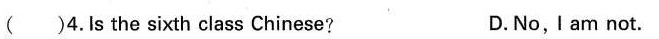
（）4.Is the sixth class Chinese? D.No,Iam not.